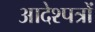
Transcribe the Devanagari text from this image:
आदेश्पत्रों